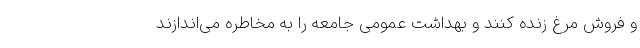
و فروش مرغ زنده کنند و بهداشت عمومی جامعه را به مخاطره می‌اندازند